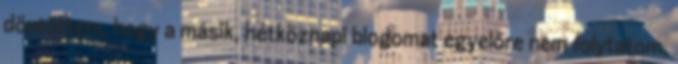
döntöttem, hogy a másik, hétköznapi blogomat egyelőre nem folytatom,